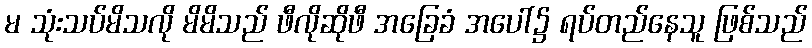
မ သုံးသပ်မိသလို မိမိသည် ဖီလိုဆိုဖီ အခြေခံ အပေါ်၌ ရပ်တည်နေသူ ဖြစ်သည်